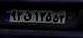
۹۳ق۱۳۵۵۳